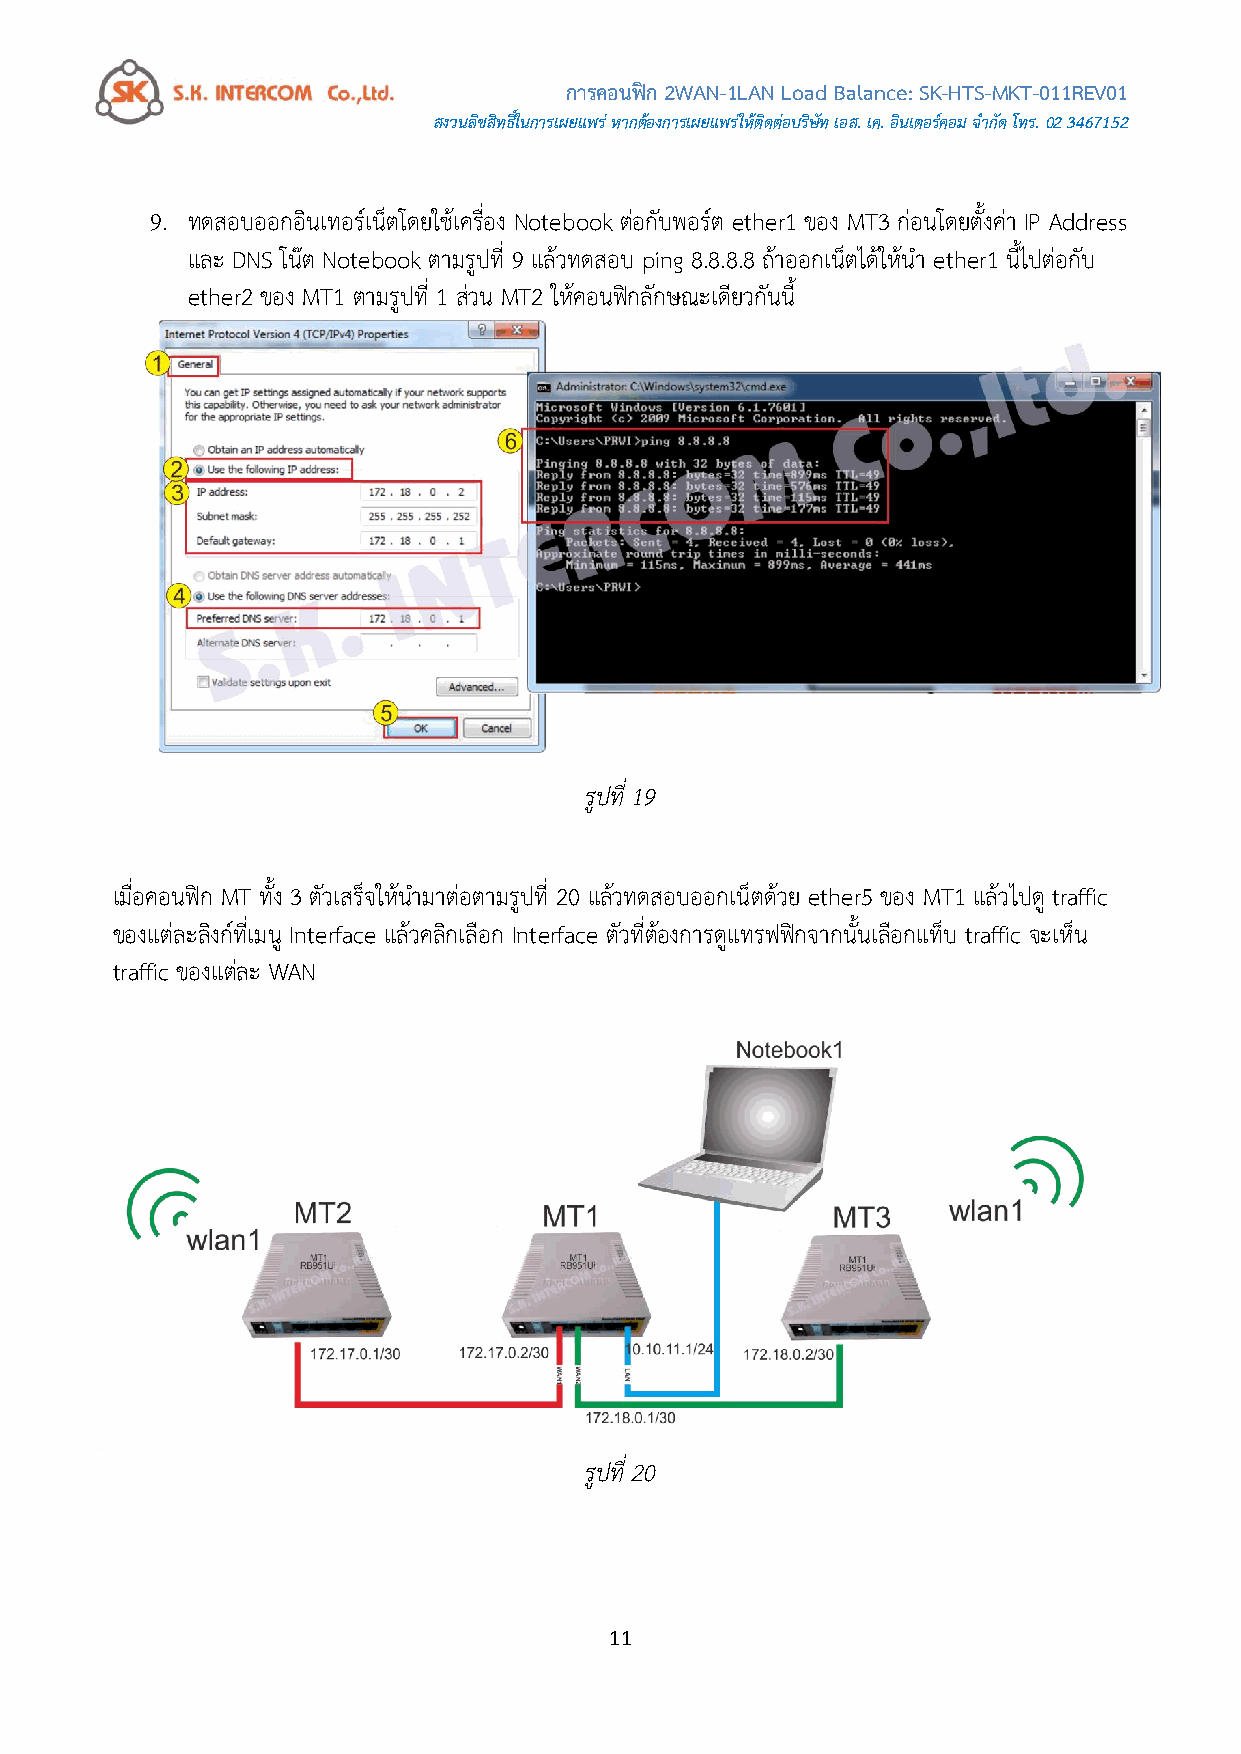
การคอนฟิก 2WAN-1LAN Load Balance: SK-HTS-MKT-011REV01
 สงวนลิขสิทธใิ์นการเผยแพร่ หากต้องการเผยแพร่ให้ติดต่อบริษัท เอส. เค. อินเตอรค์ อม จ ากัด โทร. 02 3467152
 9. ทดสอบออกอินเทอร์เน็ตโดยใช้เครื่อง Notebook ต่อกับพอร์ต ether1 ของ MT3 ก่อนโดยตั้งค่า IP Address
 และ DNS โน๊ต Notebook ตามรูปที่ 9 แล้วทดสอบ ping 8.8.8.8 ถ้าออกเน็ตได้ให้น า ether1 นี้ไปต่อกับ
 ether2 ของ MT1 ตามรูปที่ 1 ส่วน MT2 ให้คอนฟิกลักษณะเดียวกันนี้
 รูปที่ 19
 เมื่อคอนฟิก MT ทั้ง 3 ตัวเสรจ็ ให้น ามาต่อตามรูปที่ 20 แล้วทดสอบออกเน็ตด้วย ether5 ของ MT1 แล้วไปดู traffic
 ของแต่ละลิงก์ที่เมนู Interface แล้วคลิกเลือก Interface ตัวที่ต้องการดูแทรฟฟิกจากนั้นเลือกแท็บ traffic จะเห็น
 traffic ของแต่ละ WAN
 รูปที่ 20
 11